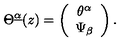
\Theta ^ { \underline { \alpha } } ( z ) = \left( \begin{array} { c } { \theta ^ { \alpha } } \\ { \Psi _ { \beta } } \\ \end{array} \right) .